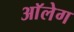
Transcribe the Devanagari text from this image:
आॅलेग